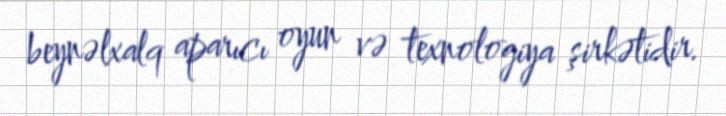
beynəlxalq aparıcı oyun və texnologiya şirkətidir.